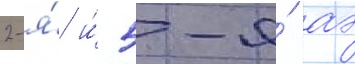
2-я́ и́ 5-я́ аэ